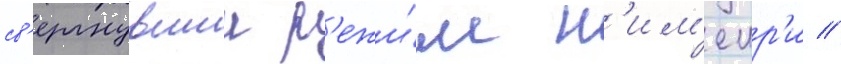
св'ергнувшии р'ежи́м н'им'еир'и //